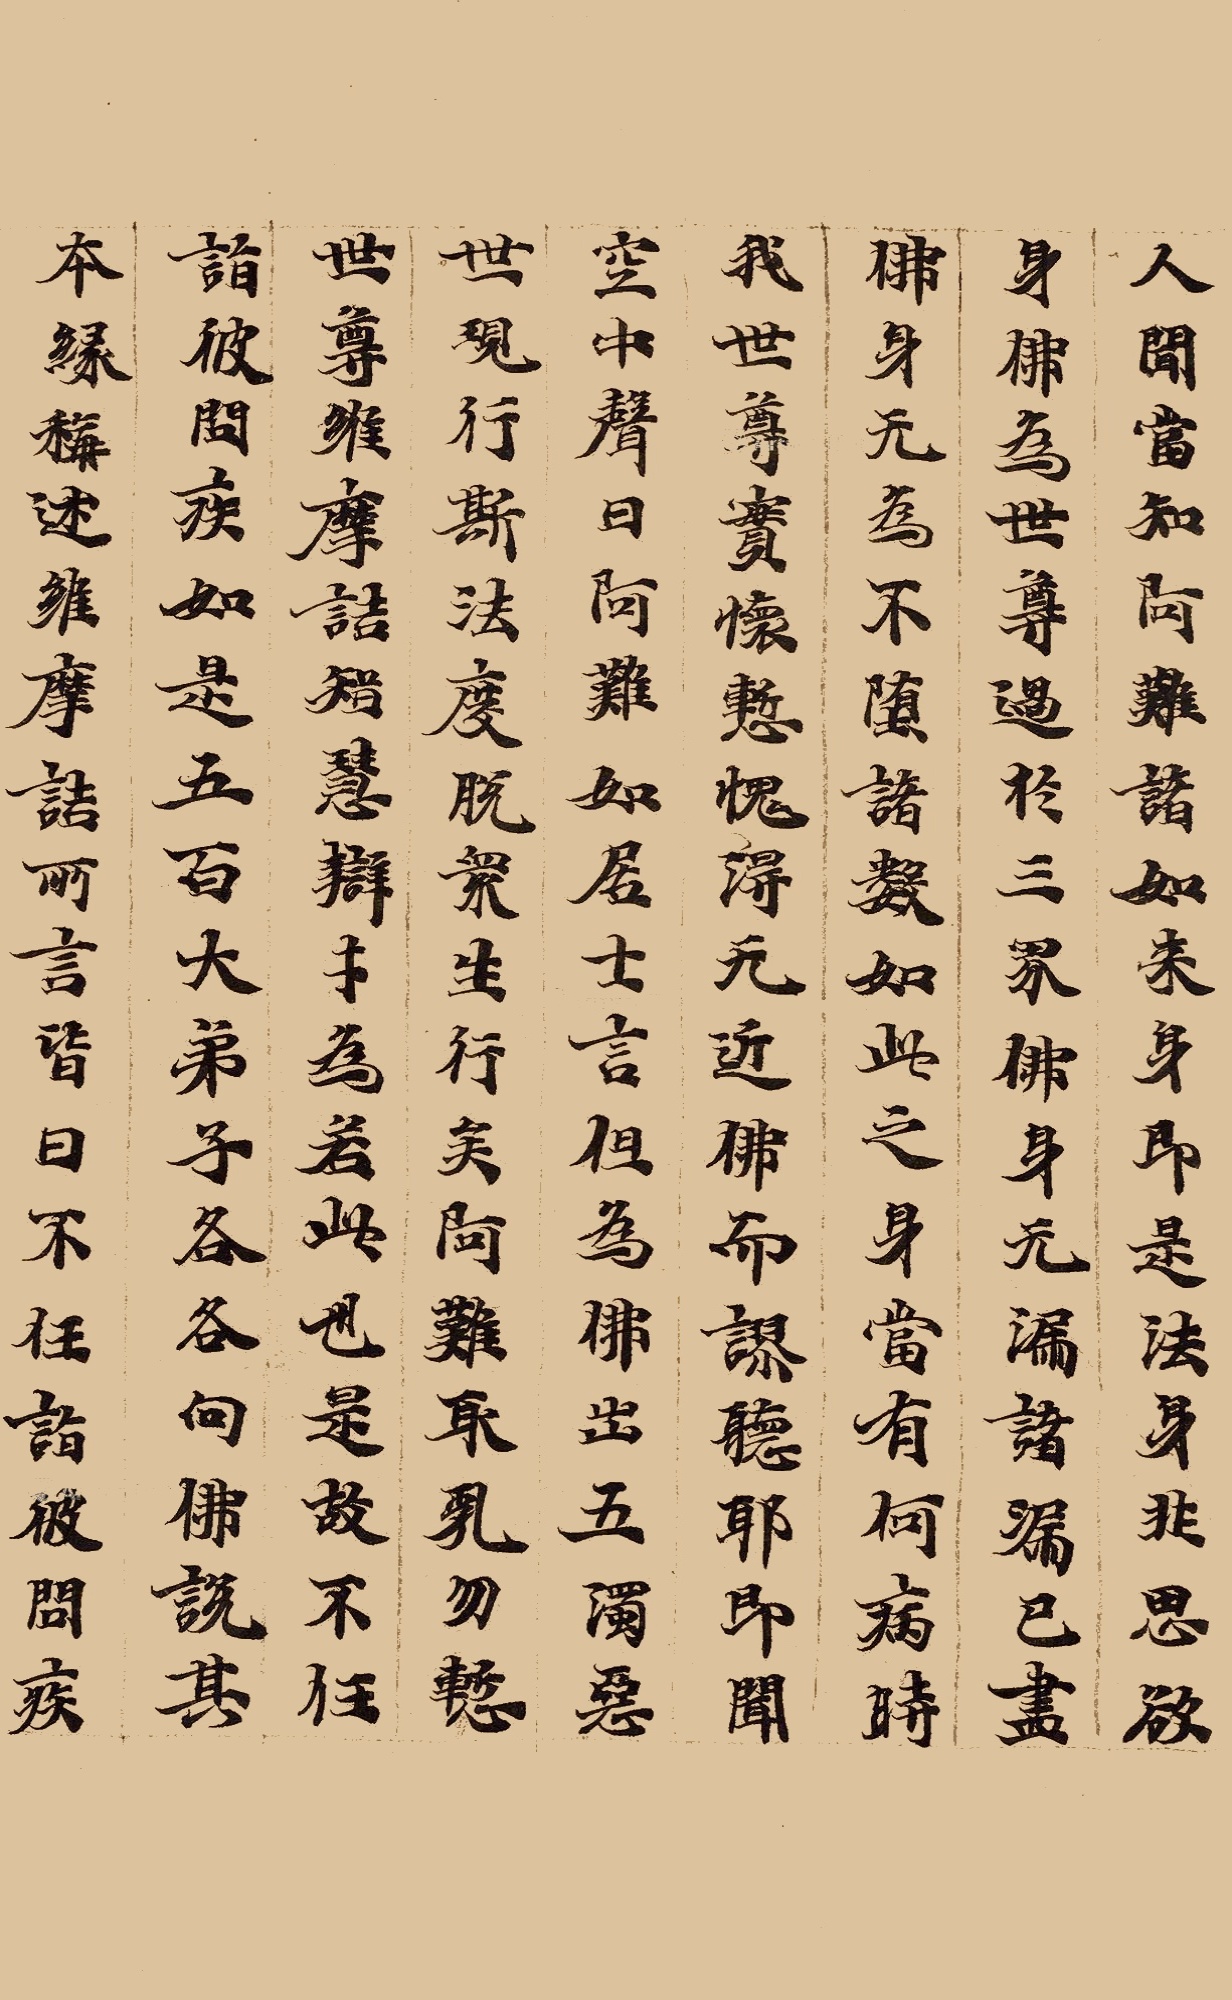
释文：人闻。当知，阿难!诸如来身，即是法身，非思欲身。佛为世尊，过于三界;佛身无漏，诸漏已尽;佛身无为，不堕诸数。如此之身，当有何疾?时我，世尊!实怀惭愧，得无近佛而谬听耶!即闻空中声曰：「阿难!如居士言。但为佛出五浊恶世，现行斯法，度脱众生。行矣，阿难!取乳勿惭。」世尊!维摩诘智慧辩才，为若此也，是故不任诣彼问疾。如是五百大弟子，各各向佛说其本缘，称述维摩诘所言，皆曰不任诣彼问疾。